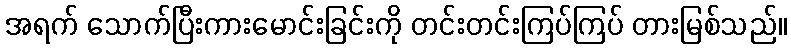
အရက် သောက်ပြီးကားမောင်းခြင်းကို တင်းတင်းကြပ်ကြပ် တားမြစ်သည်။